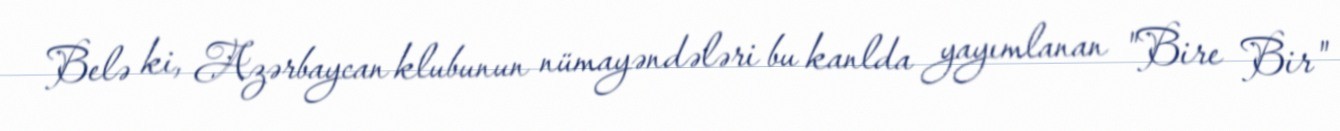
Belə ki, Azərbaycan klubunun nümayəndələri bu kanlda yayımlanan "Bire Bir"